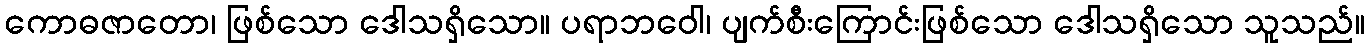
ကောဓဇာတော၊ ဖြစ်သော ဒေါသရှိသော။ ပရာဘဝေါ၊ ပျက်စီးကြောင်းဖြစ်သော ဒေါသရှိသော သူသည်။